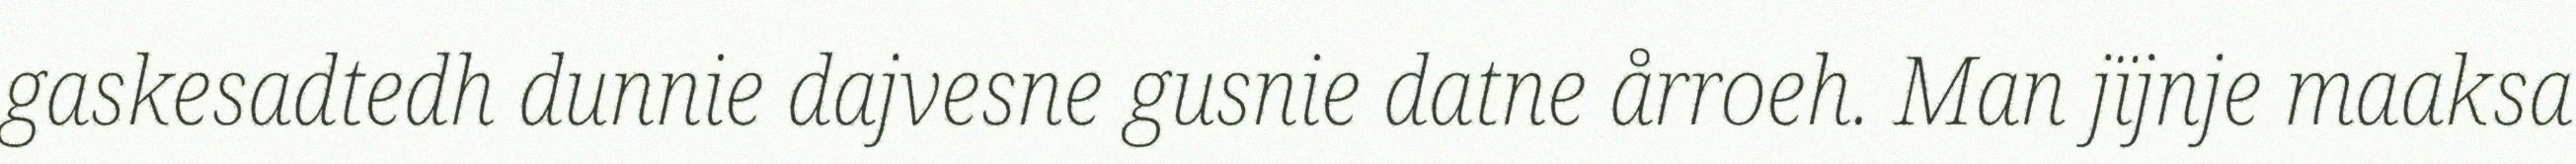
gaskesadtedh dunnie dajvesne gusnie datne årroeh. Man jïjnje maaksa